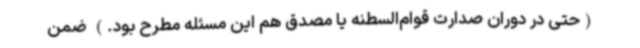
(حتی در دوران صدارت قوام‌السطنه یا مصدق هم این مسئله مطرح بود.) ضمن